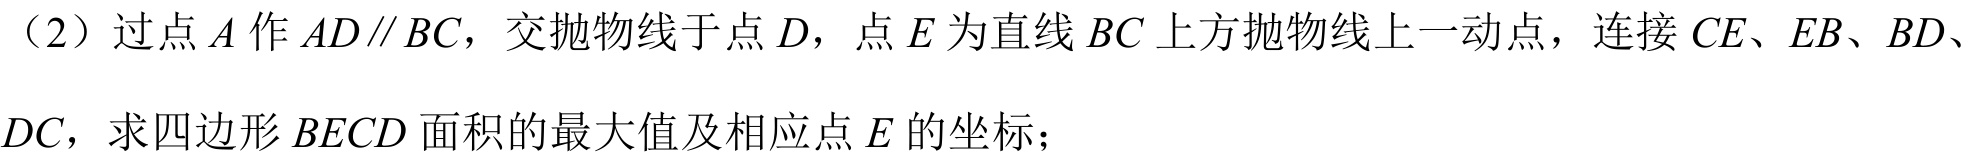
（2）过点\(A\)作\(AD\parallel BC\)，交抛物线于点\(D\)，点\(E\)为直线\(BC\)上方抛物线上一动点，连接\(CE、EB、BD、DC\)，求四边形\(BECD\)面积的最大值及相应点\(E\)的坐标；